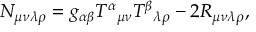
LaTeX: N _ { \mu \nu \lambda \rho } = g _ { \alpha \beta } { T ^ { \alpha } } _ { \mu \nu } { T ^ { \beta } } _ { \lambda \rho } - 2 R _ { \mu \nu \lambda \rho } ,